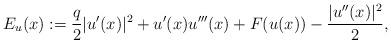
LaTeX: \begin{align*}E_u(x):=\frac{q}{2}|u'(x)|^2+u'(x)u'''(x)+F(u(x))-\frac{|u''(x)|^2}{2},\end{align*}